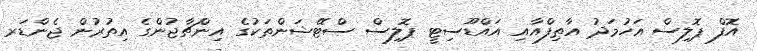
އޮފް ޕޮލިސް އަހުމަދު އާޠިފްއާއި އައްޑޫސިޓީ ޕޮލިސް ސްޓޭޝަންތަކުގެ އިންޗާޖުންގެ އިތުުރުން ޖެންޑަރ